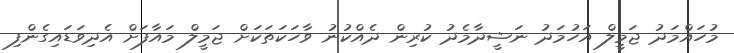
މުހައްމަދު ޖަމީލް އަހުމަދު ނަޝީދާމެދު ކުރިން ދެއްކުނު ވާހަކަތަކަށް ޖަމީލް މައާފަށް އެދިވަޑައިގެންފި